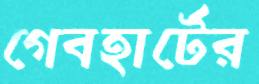
গেবহার্টের